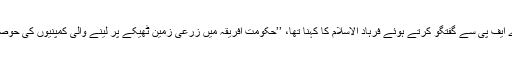
خبر رساں ادرے اے ایف پی سے گفتگو کرتے ہوئے فرہاد الاسلام کا کہنا تھا، ’’حکومت افریقہ میں زرعی زمین ٹھیکے پر لینے والی کمپنیوں کی حوصلہ افزائی کرتی ہے۔